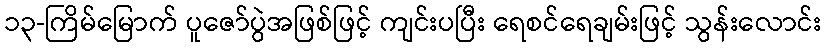
၁၃-ကြိမ်မြောက် ပူဇော်ပွဲအဖြစ်ဖြင့် ကျင်းပပြီး ရေစင်ရေချမ်းဖြင့် သွန်းလောင်း